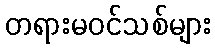
တရားမဝင်သစ်များ